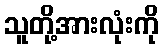
သူတို့အားလုံးကို